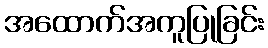
အထောက်အကူပြုခြင်း